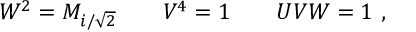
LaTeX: W ^ { 2 } = M _ { i / \sqrt 2 } \qquad V ^ { 4 } = 1 \qquad U V W = 1 \ ,